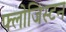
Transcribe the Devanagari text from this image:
फ्लोजिस्टन